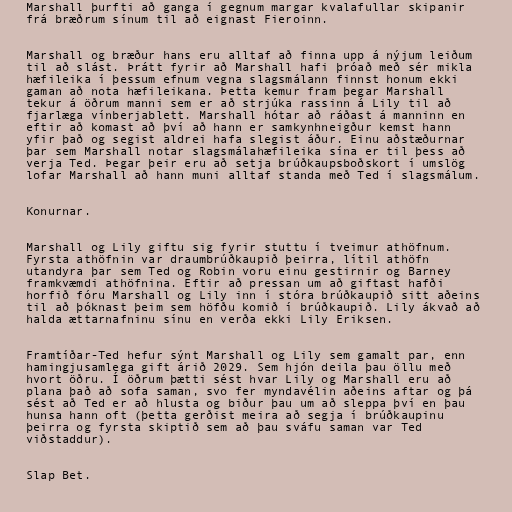
Marshall þurfti að ganga í gegnum margar kvalafullar skipanir
frá bræðrum sínum til að eignast Fieroinn.

Marshall og bræður hans eru alltaf að finna upp á nýjum leiðum
til að slást. Þrátt fyrir að Marshall hafi þróað með sér mikla
hæfileika í þessum efnum vegna slagsmálann finnst honum ekki
gaman að nota hæfileikana. Þetta kemur fram þegar Marshall
tekur á öðrum manni sem er að strjúka rassinn á Lily til að
fjarlæga vínberjablett. Marshall hótar að ráðast á manninn en
eftir að komast að því að hann er samkynhneigður kemst hann
yfir það og segist aldrei hafa slegist áður. Einu aðstæðurnar
þar sem Marshall notar slagsmálahæfileika sína er til þess að
verja Ted. Þegar þeir eru að setja brúðkaupsboðskort í umslög
lofar Marshall að hann muni alltaf standa með Ted í slagsmálum.

Konurnar.

Marshall og Lily giftu sig fyrir stuttu í tveimur athöfnum.
Fyrsta athöfnin var draumbrúðkaupið þeirra, lítil athöfn
utandyra þar sem Ted og Robin voru einu gestirnir og Barney
framkvæmdi athöfnina. Eftir að pressan um að giftast hafði
horfið fóru Marshall og Lily inn í stóra brúðkaupið sitt aðeins
til að þóknast þeim sem höfðu komið í brúðkaupið. Lily ákvað að
halda ættarnafninu sínu en verða ekki Lily Eriksen.

Framtíðar-Ted hefur sýnt Marshall og Lily sem gamalt par, enn
hamingjusamlega gift árið 2029. Sem hjón deila þau öllu með
hvort öðru. Í öðrum þætti sést hvar Lily og Marshall eru að
plana það að sofa saman, svo fer myndavélin aðeins aftar og þá
sést að Ted er að hlusta og biður þau um að sleppa því en þau
hunsa hann oft (þetta gerðist meira að segja í brúðkaupinu
þeirra og fyrsta skiptið sem að þau sváfu saman var Ted
viðstaddur).

Slap Bet.